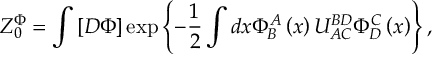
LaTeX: Z _ { 0 } ^ { \Phi } = \int \left[ D \Phi \right] \exp \left\{ - \frac { 1 } { 2 } \int d x \Phi _ { B } ^ { A } \left( x \right) U _ { A C } ^ { B D } \Phi _ { D } ^ { C } \left( x \right) \right\} ,